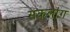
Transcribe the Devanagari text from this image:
सकलांग